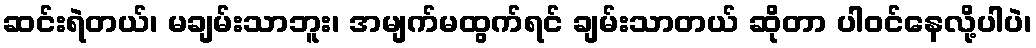
ဆင်းရဲတယ်၊ မချမ်းသာဘူး၊ အမျက်မထွက်ရင် ချမ်းသာတယ် ဆိုတာ ပါဝင်နေလို့ပါပဲ၊